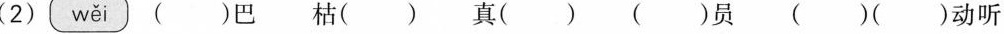
（2）wěi（）巴 枯（） 真（） （）员 （）（动听）